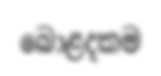
බොළදකම